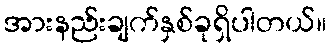
အားနည်းချက်နှစ်ခုရှိပါတယ်။